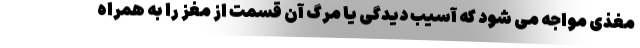
مغذی مواجه می شود که آسیب دیدگی یا مرگ آن قسمت از مغز را به همراه